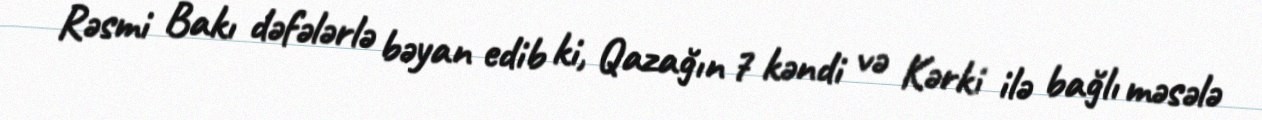
Rəsmi Bakı dəfələrlə bəyan edib ki, Qazağın 7 kəndi və Kərki ilə bağlı məsələ